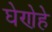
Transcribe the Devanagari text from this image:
घेणेहे